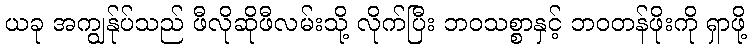
ယခု အကျွန်ုပ်သည် ဖီလိုဆိုဖီလမ်းသို့ လိုက်ပြီး ဘဝသစ္စာနှင့် ဘဝတန်ဖိုးကို ရှာဖို့